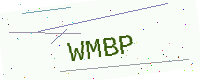
Text: WMBP